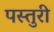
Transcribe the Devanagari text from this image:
पस्तुरी